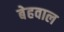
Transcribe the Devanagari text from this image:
बेहवाल